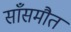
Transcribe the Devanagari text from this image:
साँसमौत